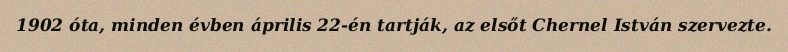
1902 óta, minden évben április 22-én tartják, az elsőt Chernel István szervezte.